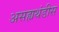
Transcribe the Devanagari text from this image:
असह्यथंडीस